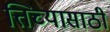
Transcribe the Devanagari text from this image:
त्तिच्यासाठी